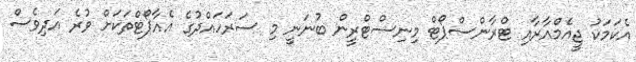
އެކަމަކު ޖީއެމްއާރާއި ޓްރާންސްޕޯޓް މިނިސްޓްރީން ބުނަނީ މި ސަރަހައްދުގެ އެއާޕޯޓްތަކަށް ވުރެ އަދިވެސް